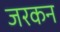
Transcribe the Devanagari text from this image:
जरकन